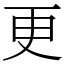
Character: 更